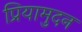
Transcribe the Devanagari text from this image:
प्रियामुदन